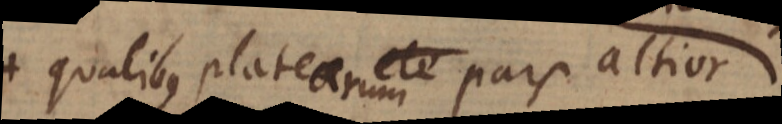
+ qualibus platearum ete pars altior